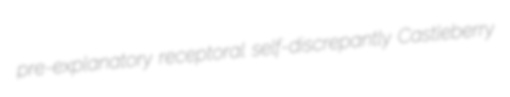
pre-explanatory receptoral self-discrepantly Castleberry